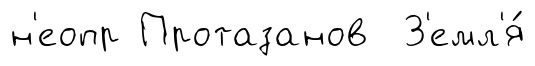
н'еопр Протазанов З'емл'я́